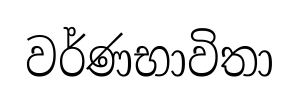
වර්ණභාවිතා